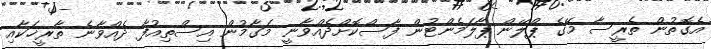
އެގޮތުން ތެރީސާ މޭގެ ޕްލޭން ޕާލަމެންޓުން ފާސްކޮށްދެއްވާނީ މަގާމުން އިސްތިއުފާ ދެއްވާނެ ތާރީޚަކާއި